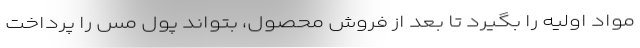
مواد اولیه را بگیرد تا بعد از فروش محصول، بتواند پول مس را پرداخت